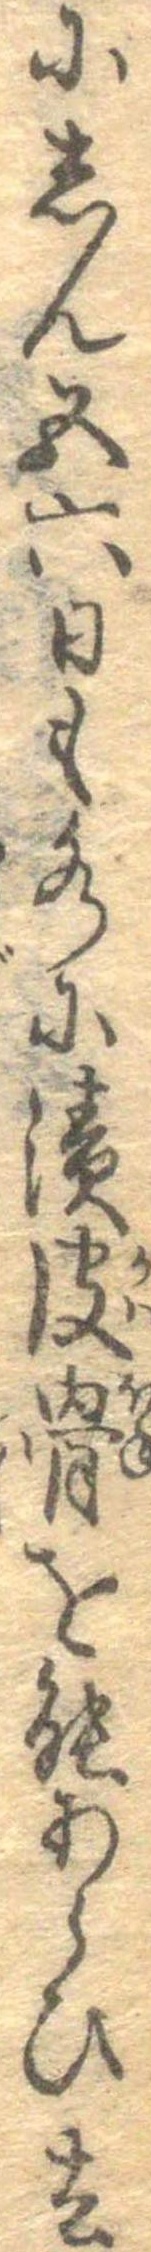
にしん五六日も水に漬皮骨を能あらひ去